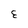
Character: E